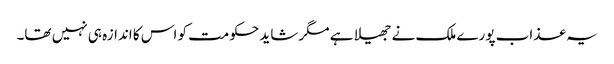
یہ عذاب پورے ملک نے جھیلا ہے مگر شاید حکومت کو اس کا اندازہ ہی نہیں تھا۔